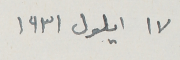
١٧ ايلول ١٩٣١